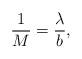
LaTeX: \begin{align*}\frac{1}{M}=\frac{\lambda}{b},\end{align*}